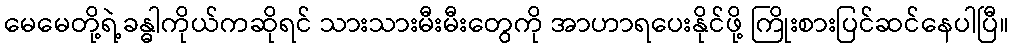
မေမေတို့ရဲ့ခန္ဓါကိုယ်ကဆိုရင် သားသားမီးမီးတွေကို အာဟာရပေးနိုင်ဖို့ ကြိုးစားပြင်ဆင်နေပါပြီ။